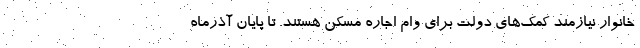
خانوار نیازمند کمک‌های دولت برای وام اجاره مسکن هستند. تا پایان آذرماه